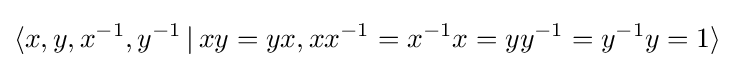
\langle x,y,x^{-1},y^{-1}\,|\,xy=yx,xx^{-1}=x^{-1}x=yy^{-1}=y^{-1}y=1\rangle